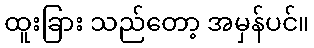
ထူးခြား သည်တော့ အမှန်ပင်။